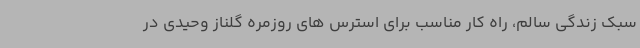
سبک زندگی سالم، راه کار مناسب برای استرس های روزمره گلناز وحیدی در